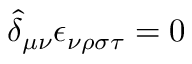
\hat { \delta } _ { \mu \nu } \epsilon _ { \nu \rho \sigma \tau } = 0